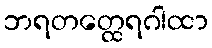
ဘရတတ္ထေရဂါထာ